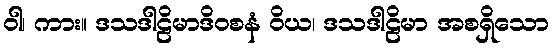
ဝါ၊ ကား။ ဒသဒါဠိမာဒိဝစနံ ဝိယ၊ ဒသဒါဠိမာ အစရှိသော